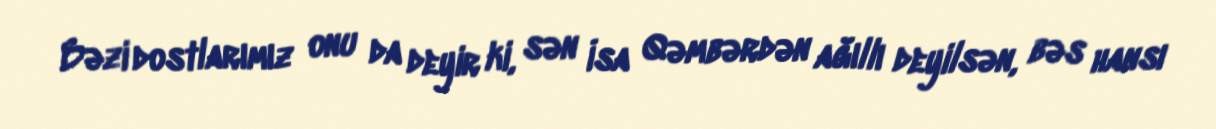
Bəzi dostlarımız onu da deyir ki, sən İsa Qəmbərdən ağıllı deyilsən, bəs hansı